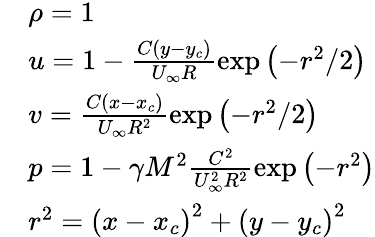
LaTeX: \begin{array}{rl}&{\rho=1}\\ &{u=1-\frac{C\left(y-y_{c}\right)}{U_{\infty}R}\exp\left(-r^{2}/2\right)}\\ &{v=\frac{C\left(x-x_{c}\right)}{U_{\infty}R^{2}}\exp\left(-r^{2}/2\right)}\\ &{p=1-\gamma M^{2}\frac{C^{2}}{U_{\infty}^{2}R^{2}}\exp\left(-r^{2}\right)}\\ &{r^{2}=\left(x-x_{c}\right)^{2}+\left(y-y_{c}\right)^{2}}\end{array}